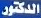
الدكتور